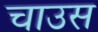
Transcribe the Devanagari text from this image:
चाउस